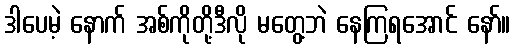
ဒါပေမဲ့ နောက် အစ်ကိုတို့ဒီလို မတွေ့ဘဲ နေကြရအောင် နော်။